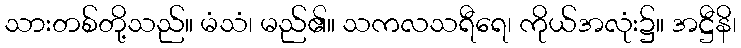
သားတစ်တို့သည်။ မံသံ၊ မည်၏။ သကလသရီရေ၊ ကိုယ်အလုံး၌။ အဋ္ဌီနိ၊